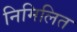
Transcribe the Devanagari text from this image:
निमिलित